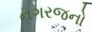
નગરજનો